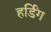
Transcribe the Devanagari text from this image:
हर्डिंग